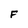
Character: F